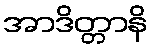
အာဒိတ္တာနိ